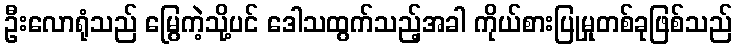
ဦးလောရုံသည် မြွေကဲ့သို့ပင် ဒေါသထွက်သည့်အခါ ကိုယ်စားပြုမှုတစ်ခုဖြစ်သည်